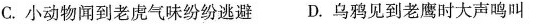
C.小动物闻到老虎气味纷纷逃避D.乌鸦见到老鹰时大声鸣叫